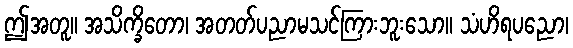
ဤအတူ။ အသိက္ခိတော၊ အတတ်ပညာမသင်ကြားဘူးသော။ သံဟိရပညော၊